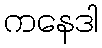
ကနေဒါ